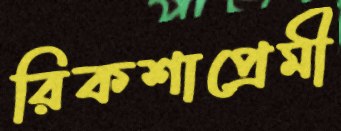
রিকশাপ্রেমী